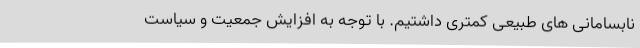
نابسامانی های طبیعی کمتری داشتیم. با توجه به افزایش جمعیت و سیاست